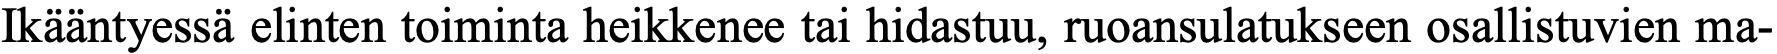
Ikääntyessä elinten toiminta heikkenee tai hidastuu, ruoansulatukseen osallistuvien ma-